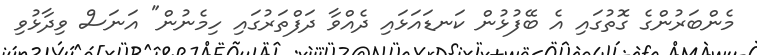
މެންބަރުންގެ ގޮތުގައި އެ ބޭފުޅުން ކަނޑައަޅައި ދެއްވާ ދަފްތަރުގައި ހިމެނުން" އަނަސް ވިދާޅުވި